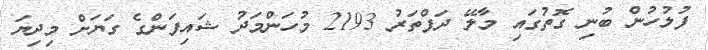
ފުލުހުން ބުނި ގޮތުގައި މާލޭ ދަފްތަރު 2193 މުހަންމަދު ޝައިފަންގެ ގަޔަށް މިދިޔަ